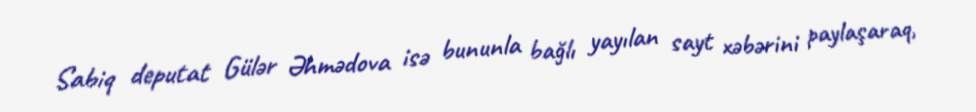
Sabiq deputat Gülər Əhmədova isə bununla bağlı yayılan sayt xəbərini paylaşaraq,